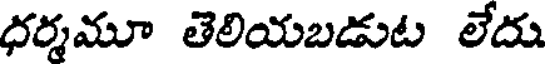
ధర్మమూ తెలియబడుట లేదు